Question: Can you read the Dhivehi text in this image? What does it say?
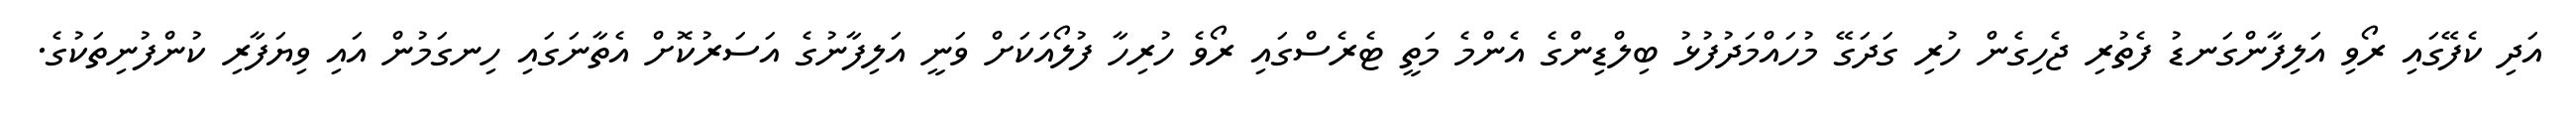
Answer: އަދި ކެފޭގައި ރޯވި އަލިފާންގަނޑު ފެތުރި ޖެހިގެން ހުރި ގަދަގޭ މުހައްމަދުފުޅު ބިލްޑިންގެ އެންމެ މަތީ ޓެރެސްގައި ރޯވެ ހުރިހާ ފުލޯއަކަށް ވަނީ އަލިފާނުގެ އަސަރުކޮށް އެތާނަގައި ހިނގަމުން އައި ވިޔަފާރި ކުންފުނިތަކުގެ.